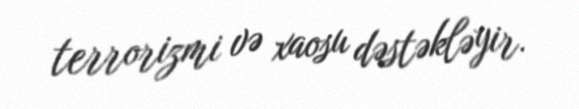
terrorizmi və xaosu dəstəkləyir.